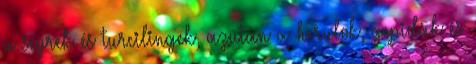
a scyrek és turcilingek, azután a herulok, gepidák és